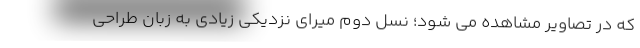
که در تصاویر مشاهده می شود؛ نسل دوم میرای نزدیکی زیادی به زبان طراحی